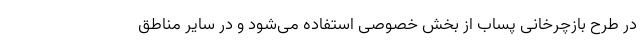
در طرح بازچرخانی پساب از بخش خصوصی استفاده می‌شود و در سایر مناطق